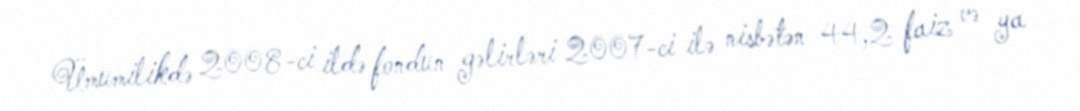
Ümumilikdə 2008-ci ildə fondun gəlirləri 2007-ci ilə nisbətən 44,2 faiz və ya